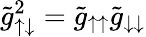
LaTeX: \tilde{g}_{\uparrow\downarrow}^{2}=\tilde{g}_{\uparrow\uparrow}\tilde{g}_{\downarrow\downarrow}